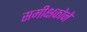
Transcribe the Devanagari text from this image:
समीक्षकोने